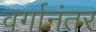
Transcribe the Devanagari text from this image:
वर्गानंतर